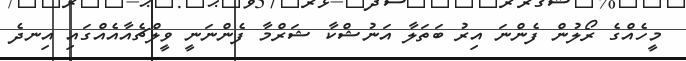
މީހެއްގެ ރޯލުން ފެންނަ އިރު ބަތަލާ އަނުޝްކާ ޝަރްމާ ފެންނަނީ ވީލްޗެއާއެއްގައި އިނދެ